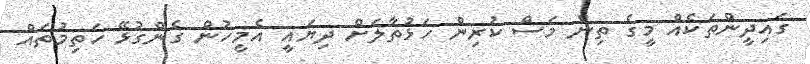
ގައިދީންތަކެއް މީގެ ތިން މަސް ކުރިން ހަޅުތާލަށް ދިޔައީ އެމީހުން ގެންގުޅޭ ހަތިމުތައް